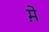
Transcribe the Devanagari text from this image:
म़े